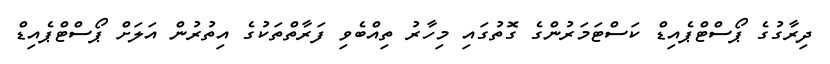
ދިރާގުގެ ޕޯސްޓްޕެއިޑް ކަސްޓަމަރުންގެ ގޮތުގައި މިހާރު ތިއްބެވި ފަރާތްތަކުގެ އިތުރުން އަލަށް ޕޯސްޓްޕެއިޑް